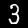
Label: 3